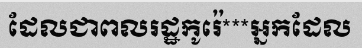
ដែលជាពលរដ្ឋកូរ៉េ***អ្នកដែល